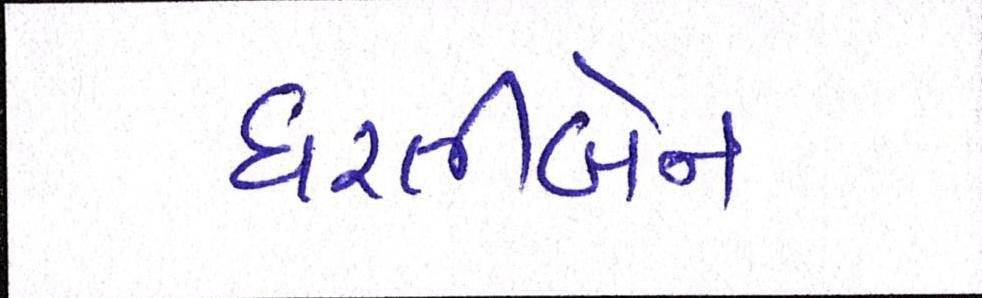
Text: ધરતીબેન